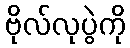
ဗိုလ်လုပွဲကို